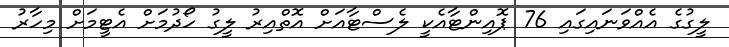
ލީގުގެ އެއްވަނައިގައި 76 ޕޮއިންޓާއެކީ ލެސްޓާއަށް އޮތްއިރު ލީގު ހޯދުމަށް އެޓީމަށް މިހާރު